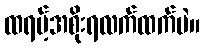
ထရမ့်အစိုးရလက်ထက်ပဲ။